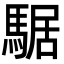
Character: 𩤅